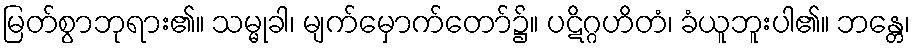
မြတ်စွာဘုရား၏။ သမ္မုခါ၊ မျက်မှောက်တော်၌။ ပဋိဂ္ဂဟိတံ၊ ခံယူဘူးပါ၏။ ဘန္တေ၊